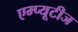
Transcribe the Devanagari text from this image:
एम्प्यूटीज